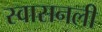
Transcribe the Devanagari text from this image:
स्वासनली